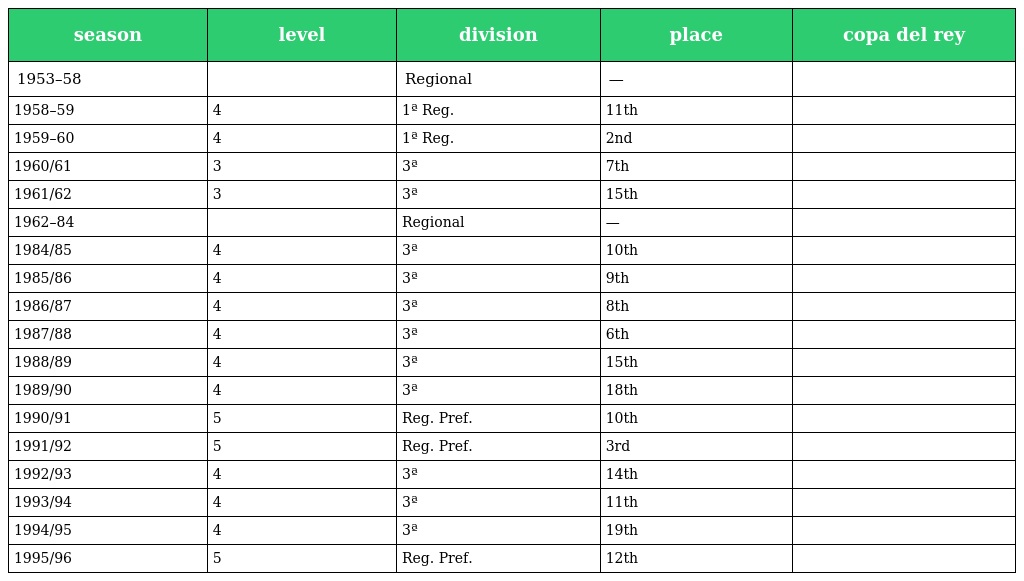
| season | level | division | place | copa del rey |
 | --- | --- | --- | --- | --- |
 | 1953–58 |  | Regional | — |  |
 | 1958–59 | 4 | 1ª Reg. | 11th |  |
 | 1959–60 | 4 | 1ª Reg. | 2nd |  |
 | 1960/61 | 3 | 3ª | 7th |  |
 | 1961/62 | 3 | 3ª | 15th |  |
 | 1962–84 |  | Regional | — |  |
 | 1984/85 | 4 | 3ª | 10th |  |
 | 1985/86 | 4 | 3ª | 9th |  |
 | 1986/87 | 4 | 3ª | 8th |  |
 | 1987/88 | 4 | 3ª | 6th |  |
 | 1988/89 | 4 | 3ª | 15th |  |
 | 1989/90 | 4 | 3ª | 18th |  |
 | 1990/91 | 5 | Reg. Pref. | 10th |  |
 | 1991/92 | 5 | Reg. Pref. | 3rd |  |
 | 1992/93 | 4 | 3ª | 14th |  |
 | 1993/94 | 4 | 3ª | 11th |  |
 | 1994/95 | 4 | 3ª | 19th |  |
 | 1995/96 | 5 | Reg. Pref. | 12th |  |